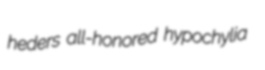
heders all-honored hypochylia